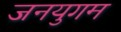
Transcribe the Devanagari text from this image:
जनयुगम